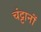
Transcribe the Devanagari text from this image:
चंट्टानों